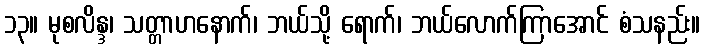
၁၃။ မုစလိန္ဒ၊ သတ္တာဟနောက်၊ ဘယ်သို့ ရောက်၊ ဘယ်လောက်ကြာအောင် စံသနည်း။